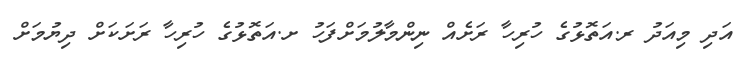
އަދި މިއަދު ރ.އަތޮޅުގެ ހުރިހާ ރަށެއް ނިންމާލުމަށްފަހު ށ.އަތޮޅުގެ ހުރިހާ ރަށަކަށް ދިޔުމަށް